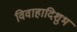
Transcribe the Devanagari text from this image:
विवाहादिशुभ